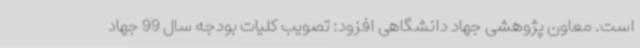
است. معاون پژوهشی جهاد دانشگاهی افزود: تصویب کلیات بودجه سال 99 جهاد